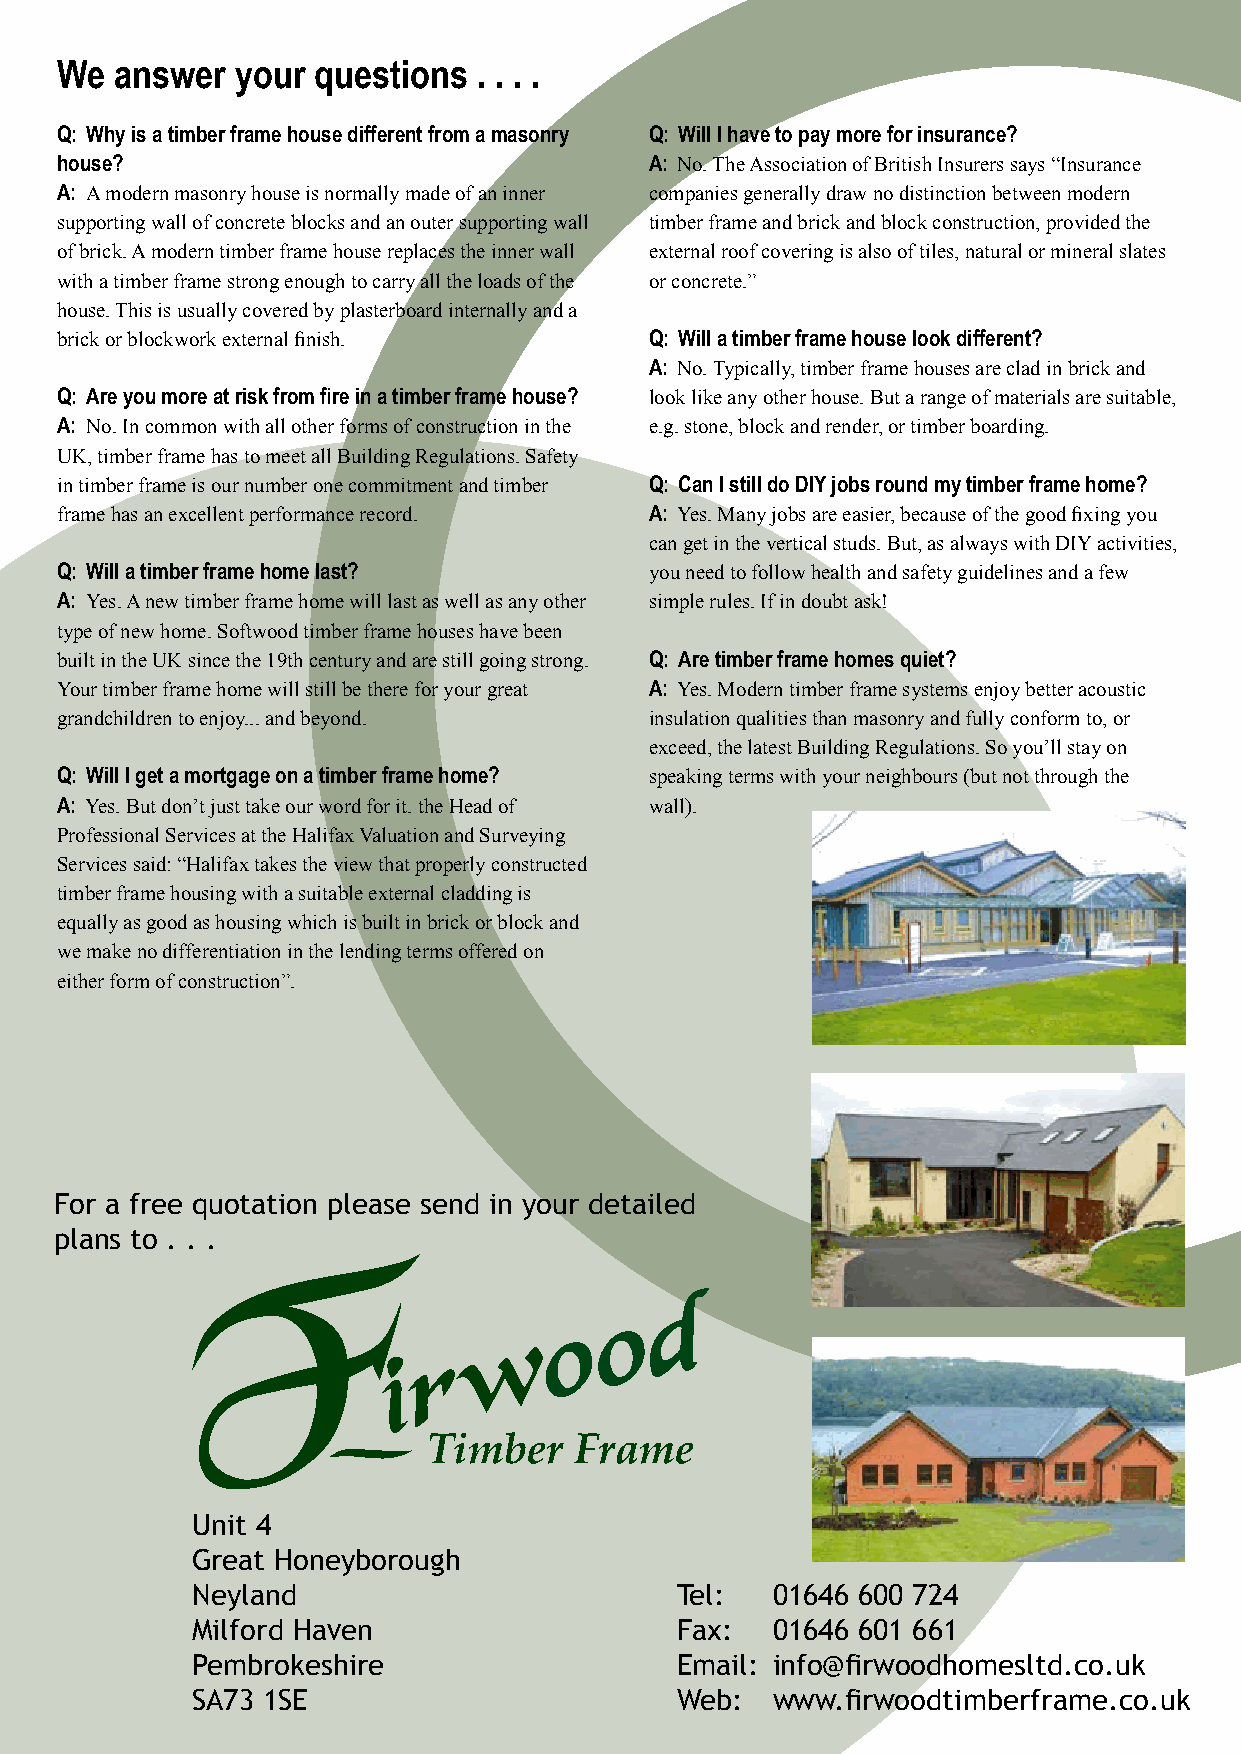
We  answer  your questions  . . . .
 Q: Why is a timber frame house different from a masonry Q: Will I have to pay more for insurance?
 house?                                 A: No. The Association of British Insurers says “Insurance
 A: A modern masonry house is normally made of an inner companies generally draw no distinction between modern
 supporting wall of concrete blocks and an outer supporting wall timber frame and brick and block construction, provided the
 of brick. A modern timber frame house replaces the inner wall external roof covering is also of tiles, natural or mineral slates
 with a timber frame strong enough to carry all the loads of the or concrete.”
 house. This is usually covered by plasterboard internally and a
 brick or blockwork external finish.    Q: Will a timber frame house look different?
 A: No. Typically, timber frame houses are clad in brick and
 Q: Are you more at risk from fire in a timber frame house? look like any other house. But a range of materials are suitable,
 A: No. In common with all other forms of construction in the e.g. stone, block and render, or timber boarding.
 UK, timber frame has to meet all Building Regulations. Safety
 in timber frame is our number one commitment and timber Q: Can I still do DIY jobs round my timber frame home?
 frame has an excellent performance record. A: Yes. Many jobs are easier, because of the good fixing you
 can get in the vertical studs. But, as always with DIY activities,
 Q: Will a timber frame home last?      you need to follow health and safety guidelines and a few
 A: Yes. A new timber frame home will last as well as any other simple rules. If in doubt ask!
 type of new home. Softwood timber frame houses have been
 built in the UK since the 19th century and are still going strong. Q: Are timber frame homes quiet?
 Your timber frame home will still be there for your great A: Yes. Modern timber frame systems enjoy better acoustic
 grandchildren to enjoy... and beyond.  insulation qualities than masonry and fully conform to, or
 exceed, the latest Building Regulations. So you’ll stay on
 Q: Will I get a mortgage on a timber frame home? speaking terms with your neighbours (but not through the
 A: Yes. But don’t just take our word for it. the Head of wall).
 Professional Services at the Halifax Valuation and Surveying
 Services said: “Halifax takes the view that properly constructed
 timber frame housing with a suitable external cladding is
 equally as good as housing which is built in brick or block and
 we make no differentiation in the lending terms offered on
 either form of construction”.
 For a free quotation please send in your detailed
 plans to . . .
 Timber    Frame
 Unit 4
 Great Honeyborough
 Neyland                         Tel:  01646 600 724
 Milford Haven                   Fax:  01646 601 661
 Pembrokeshire                   Email: info@firwoodhomesltd.co.uk
 SA73 1SE                        Web:  www.firwoodtimberframe.co.uk